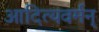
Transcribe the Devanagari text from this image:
आदित्यवर्मन्‌